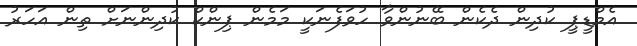
އެމްޑީޕީ ކުދިން ދެކެން ބޭނުންވާ ހުވަފެނަކީ މަމެން ޕިންކް ކުދިންނަށް ތިން އަހަރު